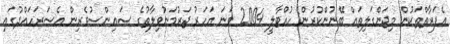
އެފަރާތްތަކުން މިޖަންގަލިތައް ބޭނުންކުރުން ހުއްޓާލީ 2004 ވަނަ އަހަރު ޖަރުމަނުވިލާތުގެ ސައިންސުވެރިން އެސަރަހައްދުގައި